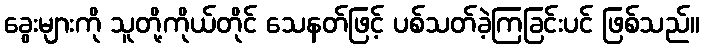
ခွေးများကို သူတို့ကိုယ်တိုင် သေနတ်ဖြင့် ပစ်သတ်ခဲ့ကြခြင်းပင် ဖြစ်သည်။